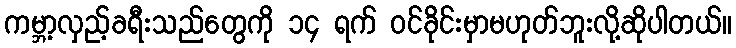
ကမ္ဘာ့လှည့်ခရီးသည်တွေကို ၁၄ ရက် ဝင်ခိုင်းမှာမဟုတ်ဘူးလို့ဆိုပါတယ်။